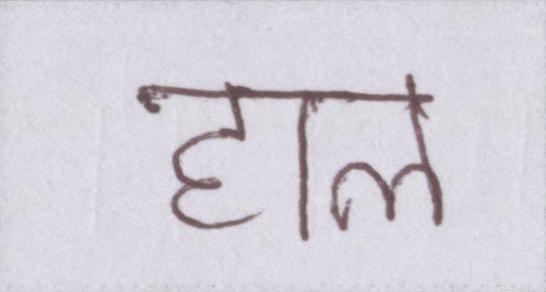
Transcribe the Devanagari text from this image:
हाल